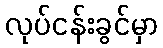
လုပ်ငန်းခွင်မှာ